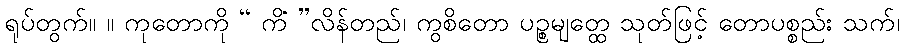
ရုပ်တွက်။ ။ ကုတောကို “ ကိံ ”လိန်တည်၊ ကွစိတော ပဉ္စမျတ္ထေ သုတ်ဖြင့် တောပစ္စည်း သက်၊